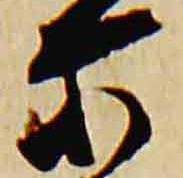
所